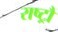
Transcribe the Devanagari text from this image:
राष्ट्रौं